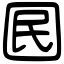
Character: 囻